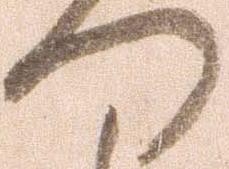
つ